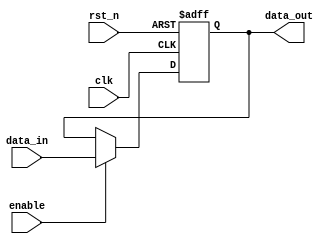
module InputRegister #(
    parameter DATA_WIDTH = 8  // Parameter for data width, can be adjusted as needed
)(
    input wire clk,            // Clock signal
    input wire rst_n,         // Asynchronous active-low reset
    input wire enable,         // Enable signal for capturing input data
    input wire [DATA_WIDTH-1:0] data_in,  // Input data
    output reg [DATA_WIDTH-1:0] data_out   // Output data
);

// Sequential logic for the Input Register
always @(posedge clk or negedge rst_n) begin
    if (!rst_n) begin
        // Asynchronous reset: set output to zero
        data_out <= {DATA_WIDTH{1'b0}};
    end else if (enable) begin
        // Capture input data on the rising edge of the clock if enabled
        data_out <= data_in;
    end
    // If enable is low, retain the previous value of data_out
end

endmodule